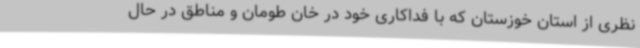
نظری از استان خوزستان که با فداکاری خود در خان طومان و مناطق در حال